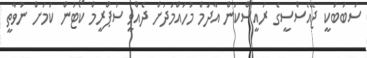
ސަބަބަކީ ޖޭއެސްސީގެ ރައީސްކަން އާދަމް މުހައްމަދަށް ދެއްވީ ސުޕްރީމް ކޯޓުން ކަމަށް ނުވާތީ